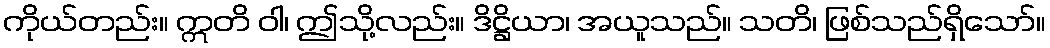
ကိုယ်တည်း။ ဣတိ ဝါ၊ ဤသို့လည်း။ ဒိဋ္ဌိယာ၊ အယူသည်။ သတိ၊ ဖြစ်သည်ရှိသော်။